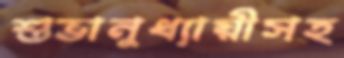
শুভানুধ্যায়ীসহ